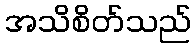
အသိစိတ်သည်